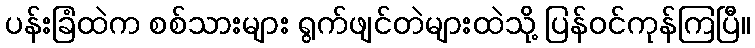
ပန်းခြံထဲက စစ်သားများ ရွက်ဖျင်တဲများထဲသို့ ပြန်ဝင်ကုန်ကြပြီ။